King Institute of Preventive Medicine Micro-Biological Section reports 1912-19
Year: 1912
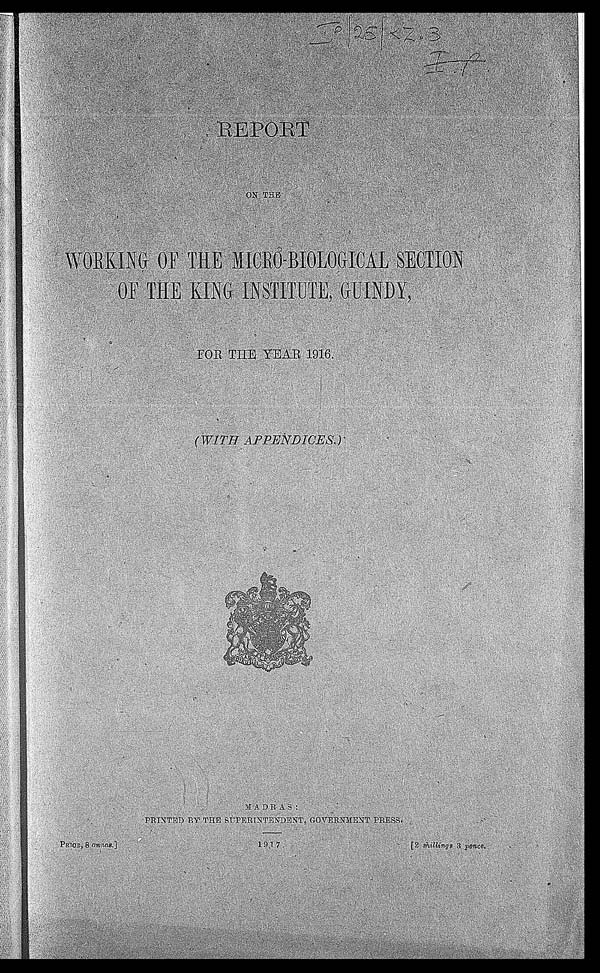
I P / 2 5 / K Z . 3
I . P .
REPORT ON THE
WORKING OF THE MICRO-BIOLOGICAL SECTION
OF THE KING INSTITUTE, GUINDY,
FOR THE YEAR 1916.
( WITH APPENDICES.)
MADRAS: PRINTED BY THE SUPERINTENDENT, GOVERNMENT PRESS.
1917.
PRICE, 8 annas.]
[2 shillings 3 pence.